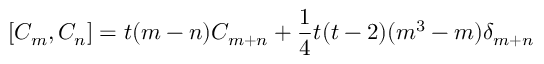
[ C _ { m } , C _ { n } ] = t ( m - n ) C _ { m + n } + \frac { 1 } { 4 } t ( t - 2 ) ( m ^ { 3 } - m ) \delta _ { m + n }